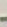
-